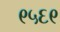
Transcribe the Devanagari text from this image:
९५६९